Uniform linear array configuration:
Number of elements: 16
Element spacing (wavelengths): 0.5
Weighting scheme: kaiser
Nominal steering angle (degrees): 45
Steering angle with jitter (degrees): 44.623
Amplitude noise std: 0.05
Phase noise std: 0.05

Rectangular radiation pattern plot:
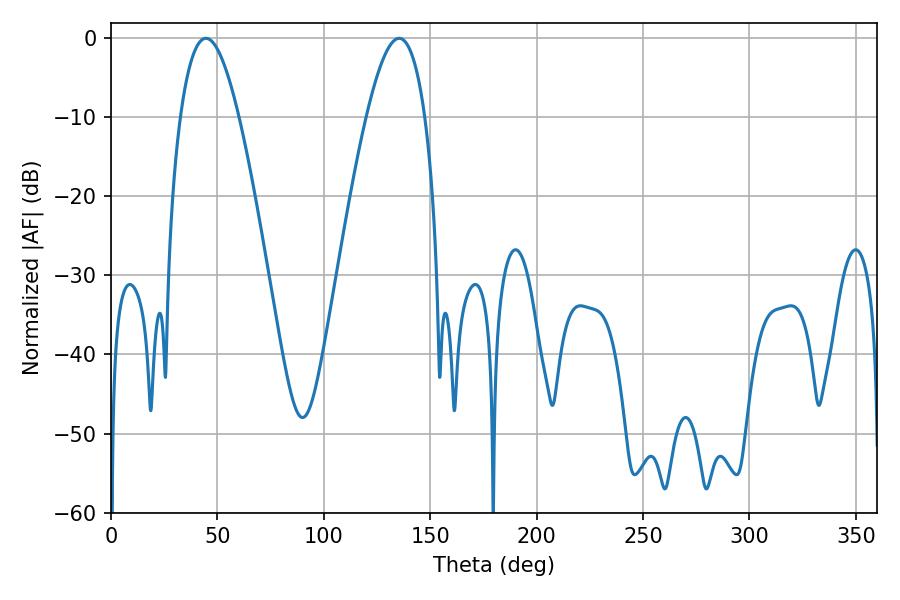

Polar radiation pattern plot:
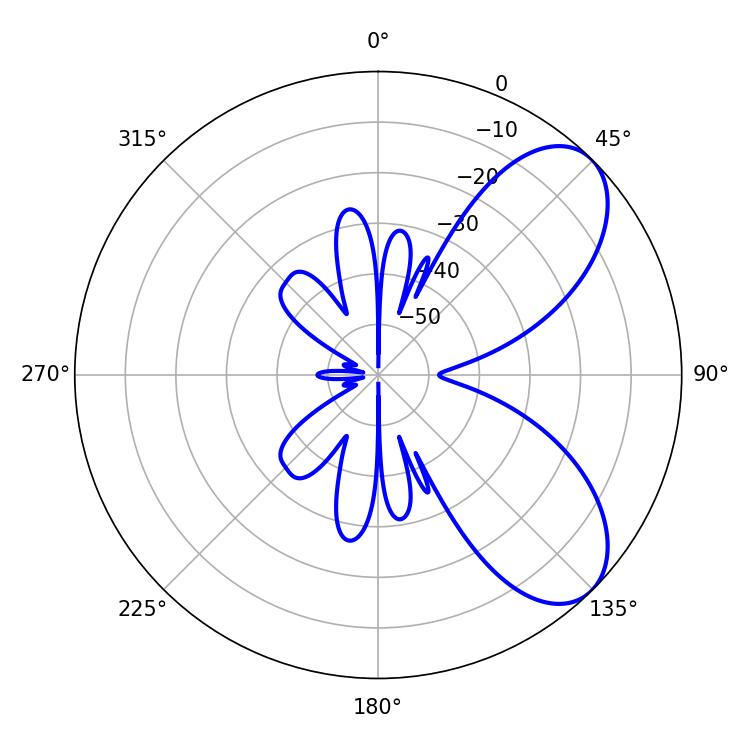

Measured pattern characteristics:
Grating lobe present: FALSE
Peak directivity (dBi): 6.98
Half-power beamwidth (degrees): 14.94
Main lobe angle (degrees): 44.64